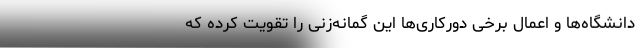
دانشگاه‌ها و اعمال برخی دورکاری‌ها این گمانه‌زنی را تقویت کرده که